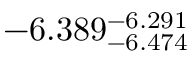
- 6 . 3 8 9 _ { - 6 . 4 7 4 } ^ { - 6 . 2 9 1 }